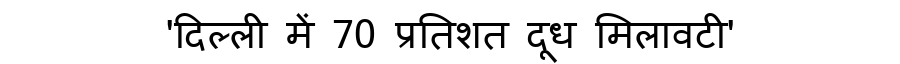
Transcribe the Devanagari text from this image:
'दिल्ली में 70 प्रतिशत दूध मिलावटी'